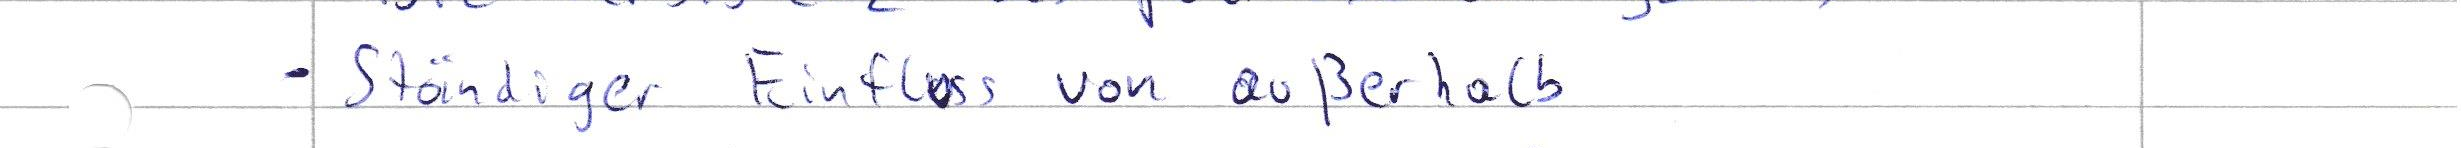
- Ständiger Einfluss von außerhalb